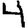
Digit: 4